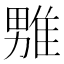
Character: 𪟦